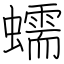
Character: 蠕